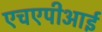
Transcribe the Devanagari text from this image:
एचएपीआई